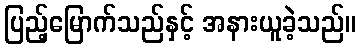
ပြည့်မြောက်သည်နှင့် အနားယူခဲ့သည်။